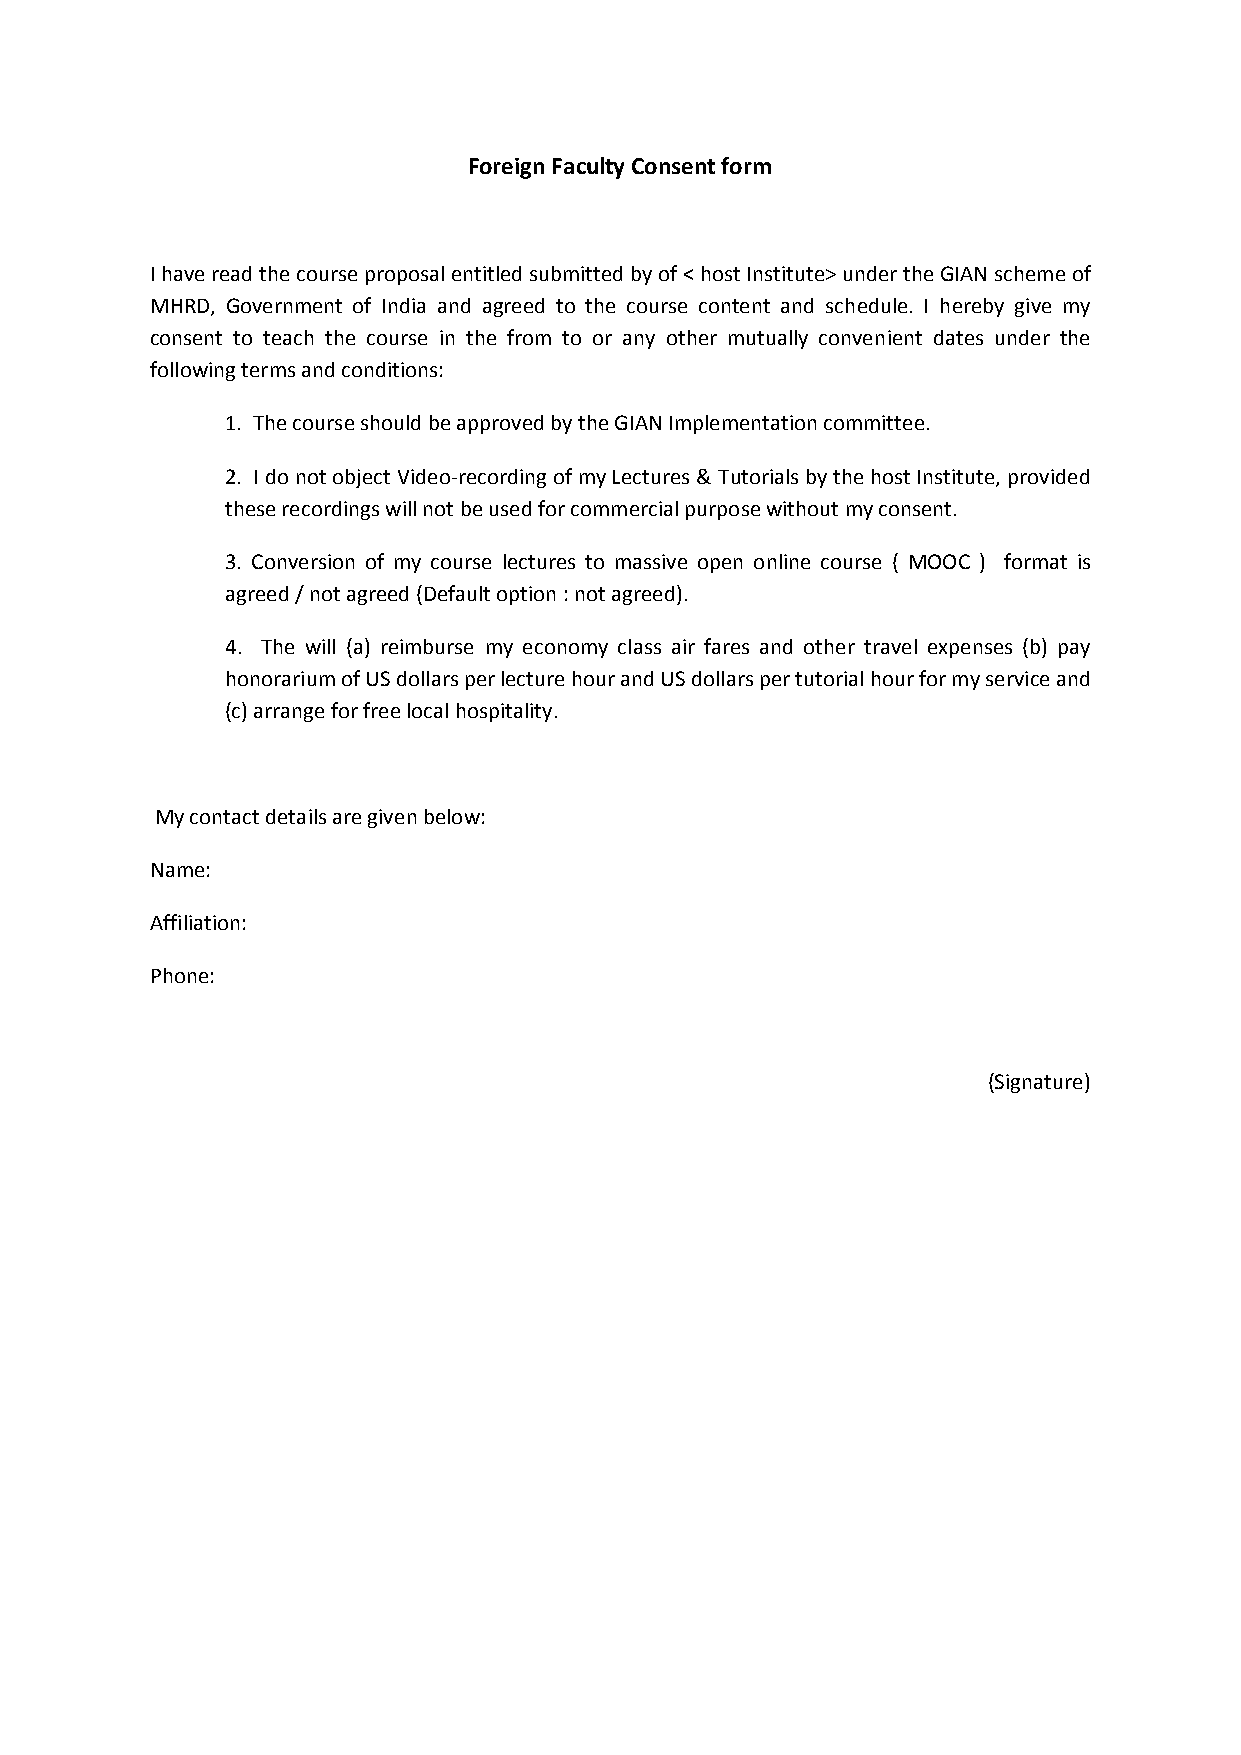
Foreign Faculty Consent form
 I have read the course proposal entitled submitted by of < host Institute> under the GIAN scheme of
 MHRD, Government of India and agreed to the course content and schedule. I hereby give my
 consent to teach the course in the from to or any other mutually convenient dates under the
 following terms and conditions:
 1. The course should be approved by the GIAN Implementation committee.
 2. I do not object Video-recording of my Lectures & Tutorials by the host Institute, provided
 these recordings will not be used for commercial purpose without my consent.
 3. Conversion of my course lectures to massive open online course ( MOOC ) format is
 agreed / not agreed (Default option : not agreed).
 4. The will (a) reimburse my economy class air fares and other travel expenses (b) pay
 honorarium of US dollars per lecture hour and US dollars per tutorial hour for my service and
 (c) arrange for free local hospitality.
 My contact details are given below:
 Name:
 Affiliation:
 Phone:
 (Signature)